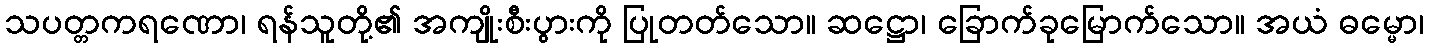
သပတ္တကရဏော၊ ရန်သူတို့၏ အကျိုးစီးပွားကို ပြုတတ်သော။ ဆဋ္ဌော၊ ခြောက်ခုမြောက်သော။ အယံ ဓမ္မော၊